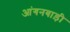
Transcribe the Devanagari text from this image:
आंगनबाड़़ी